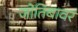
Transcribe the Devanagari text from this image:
जोतिबावर